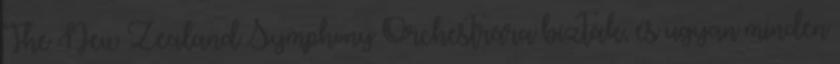
The New Zealand Symphony Orchestrára bízták, és ugyan minden